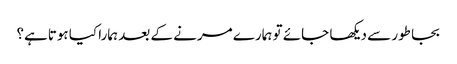
بجا طور سے دیکھا جائے تو ہمارے مرنے کے بعد ہمارا کیا ہوتاہے؟